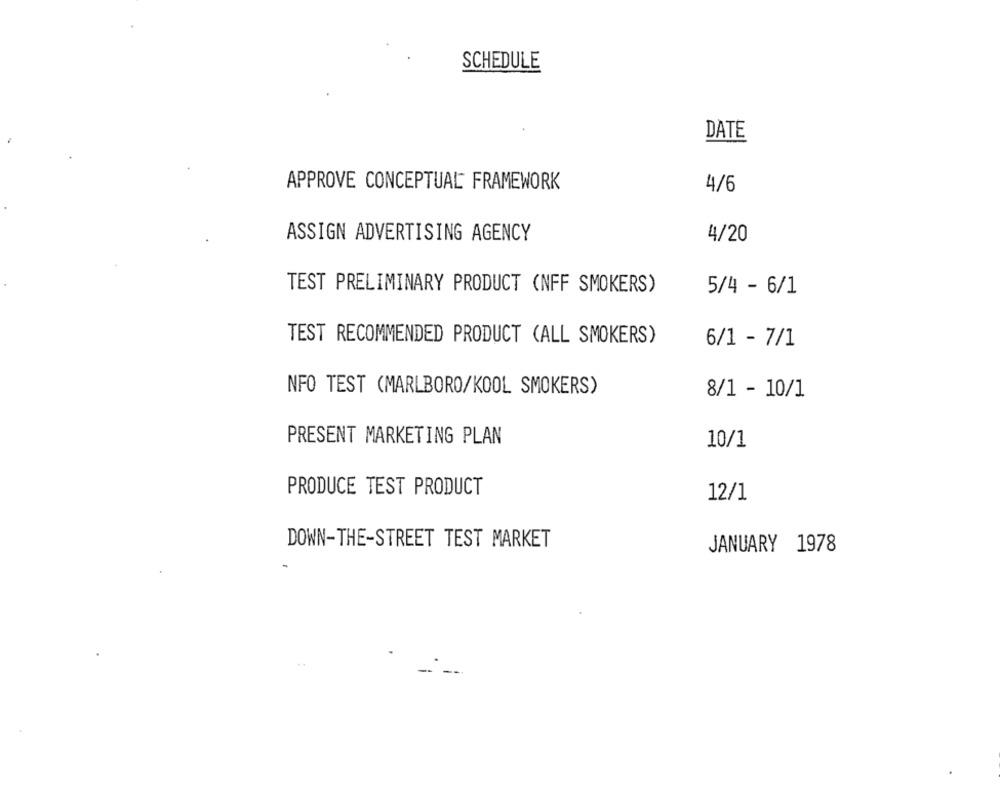
SCHEDULE
DATE
APPROVE CONCEPTUAL FRAMEWORK
4/6
ASSIGN ADVERTISING AGENCY
4/20
TEST PRELIMINARY PRODUCT (NFF SMOKERS)
5/4 - 6/1
TEST RECOMMENDED PRODUCT (ALL SMOKERS)
6/1 - 7/1
NFO TEST (MARLBORO/KOOL SMOKERS)
8/1 - 10/1
PRESENT MARKETING PLAN
10/1
PRODUCE TEST PRODUCT
12/1
DOWN-THE-STREET TEST MARKET
JANUARY 1978